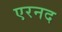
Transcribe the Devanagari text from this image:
एरनद